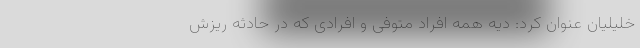
خلیلیان عنوان کرد: دیه همه افراد متوفی و افرادی که در حادثه ریزش